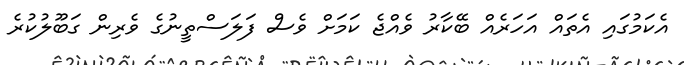
އެކަމުގައި އެތައް އަހަރެއް ބޭކާރު ވެއްޖެ ކަަމަށް ވެސް ފަލަސްތީނުގެ ވެރިން ގަބޫލުކުރެ